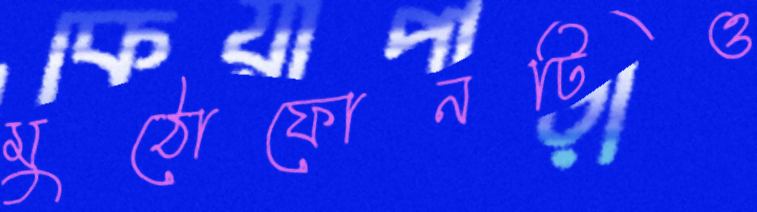
মুঠোফোনটিও